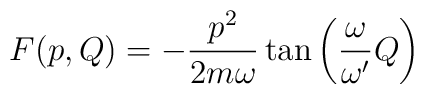
F( p , Q ) =- \frac{p^2}{2 m \omega} \tan \left ( \frac{\omega}{\omega^\prime}Q \right )